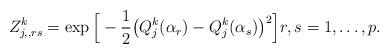
LaTeX: \begin{align*} Z^k_{j, , rs} = \exp\Big[-\frac{1}{2}\big(Q_j^k(\alpha_r)-Q_j^k(\alpha_s)\big)^2\Big] r, s=1,\ldots, p.\end{align*}